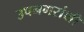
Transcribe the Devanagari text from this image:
उपनगरांशी